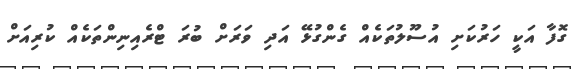
ގޮފާ އަކީ ހަރުކަށި އުސޫލުތަކެއް ގެންގުޅޭ އަދި ވަރަށް ބުރަ ޓްރެއިނިންތަކެއް ކުރިއަށް